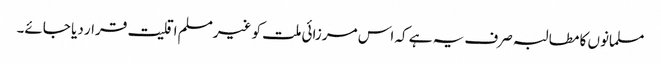
مسلمانوں کا مطالبہ صرف یہ ہے کہ اس مرزائی ملت کو غیرمسلم اقلیت قرار دیا جائے۔